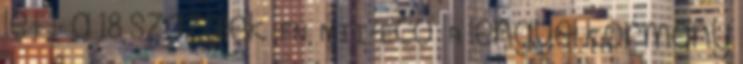
lett a 18 százalék FN, MTI-Eco A lengyel kormány